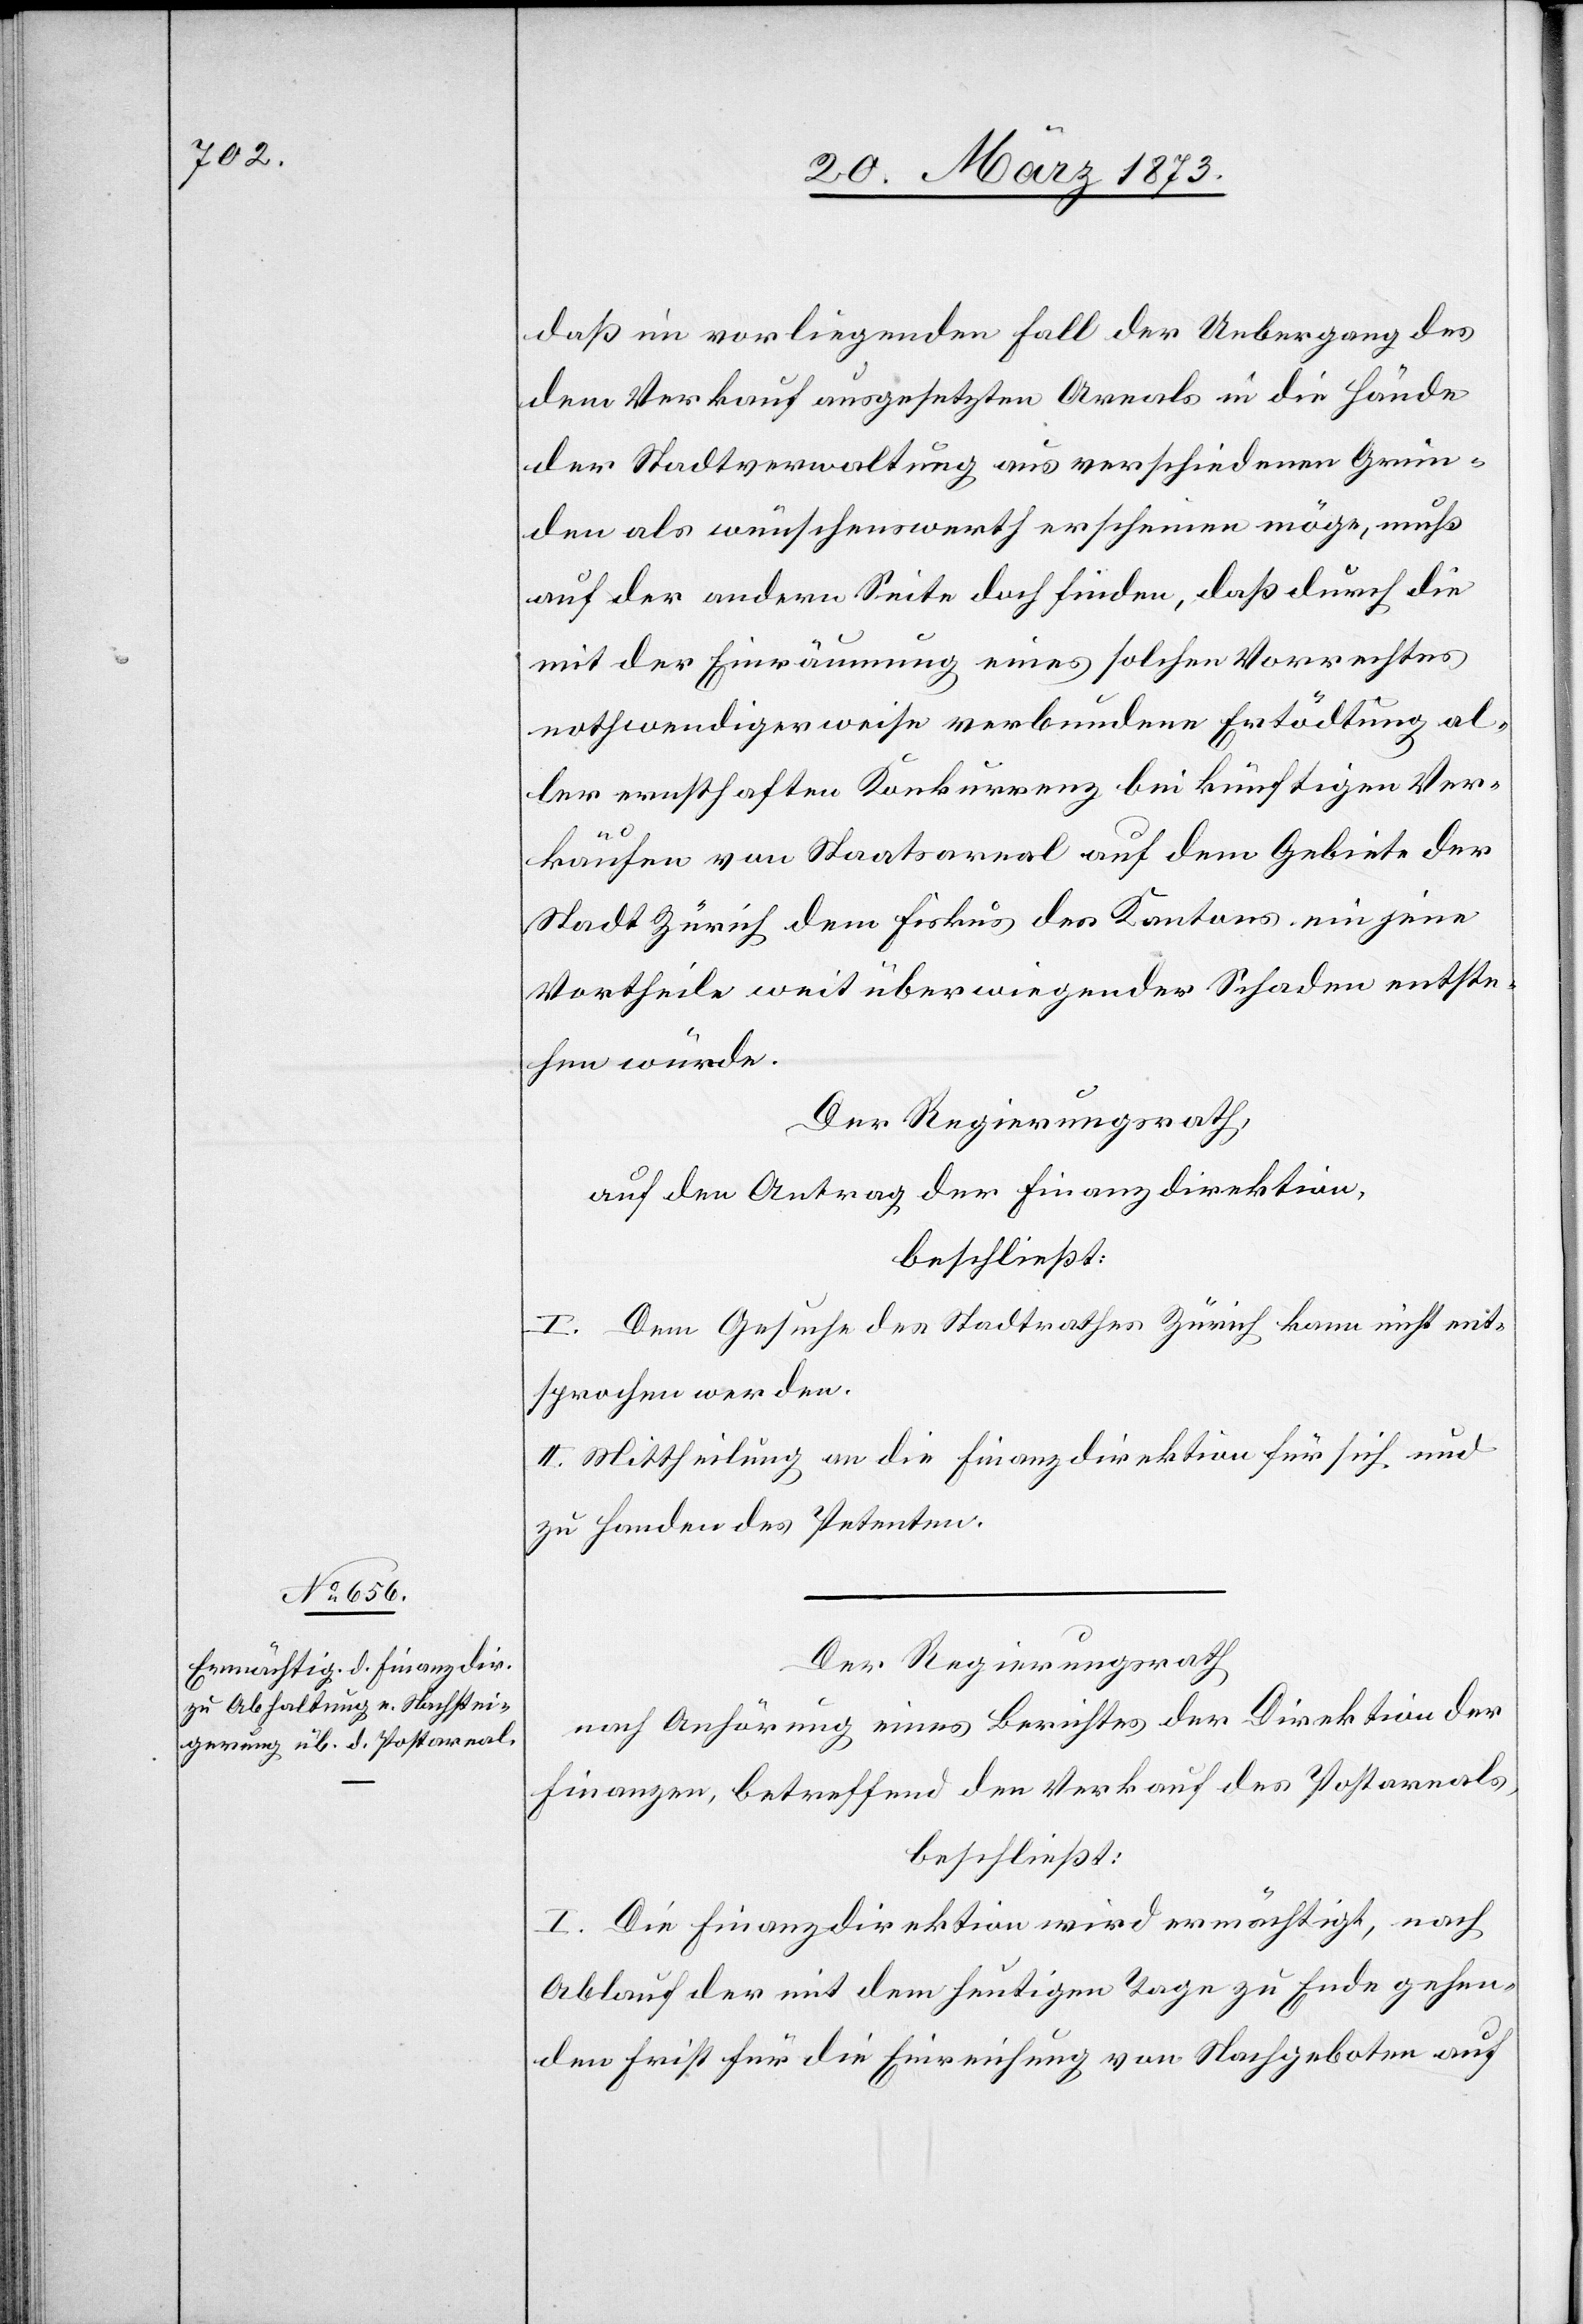
daß im vorliegenden Fall der Uebergang des
dem Verkauf ausgesetzten Areals in die Hände
der Stadtverwaltung aus verschiedenen Grün¬
den als wünschenswerth erscheinen möge, muß
auf der andern Seite doch finden, daß durch die
mit der Einräumung eines solchen Vorrechtes
nothwendigerweise verbundene Ertödtung al¬
ler ernsthaften Konkurrenz bei künftigen Ver¬
käufen von Staatsareal auf dem Gebiete der
Stadt Zürich dem Fiskus des Kantons ein jene
Vortheile weit überwiegender Schaden entste¬
hen würde.
Der Regierungsrath,
auf den Antrag der Finanzdirektion,
beschließt:
I. Dem Gesuche des Stadtrathes Zürich kann nicht ent¬
sprochen werden.
II: Mittheilung an die Finanzdirektion für sich und
zu Handen des Petenten.
Der Regierungsrath
nach Anhörung eines Berichtes der Direktion der
Finanzen, betreffend den Verkauf des Postareals,
beschließt:
I. Die Finanzdirektion wird ermächtigt, nach
Ablauf der mit dem heutigen Tage zu Ende gehen¬
den Frist für die Einreichung von Nachgeboten auf